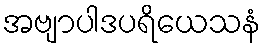
အဗျာပါဒပရိယေသနံ